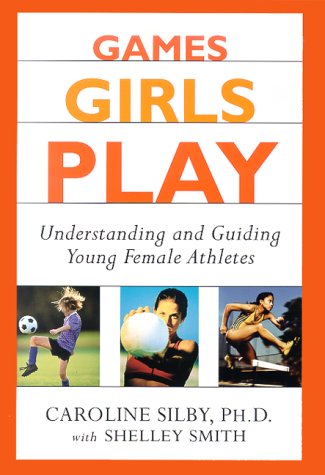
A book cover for Games Girls Play: Understanding and Guiding Young Female Athletes; Caroline Silby Ph.D.; Sports & Outdoors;